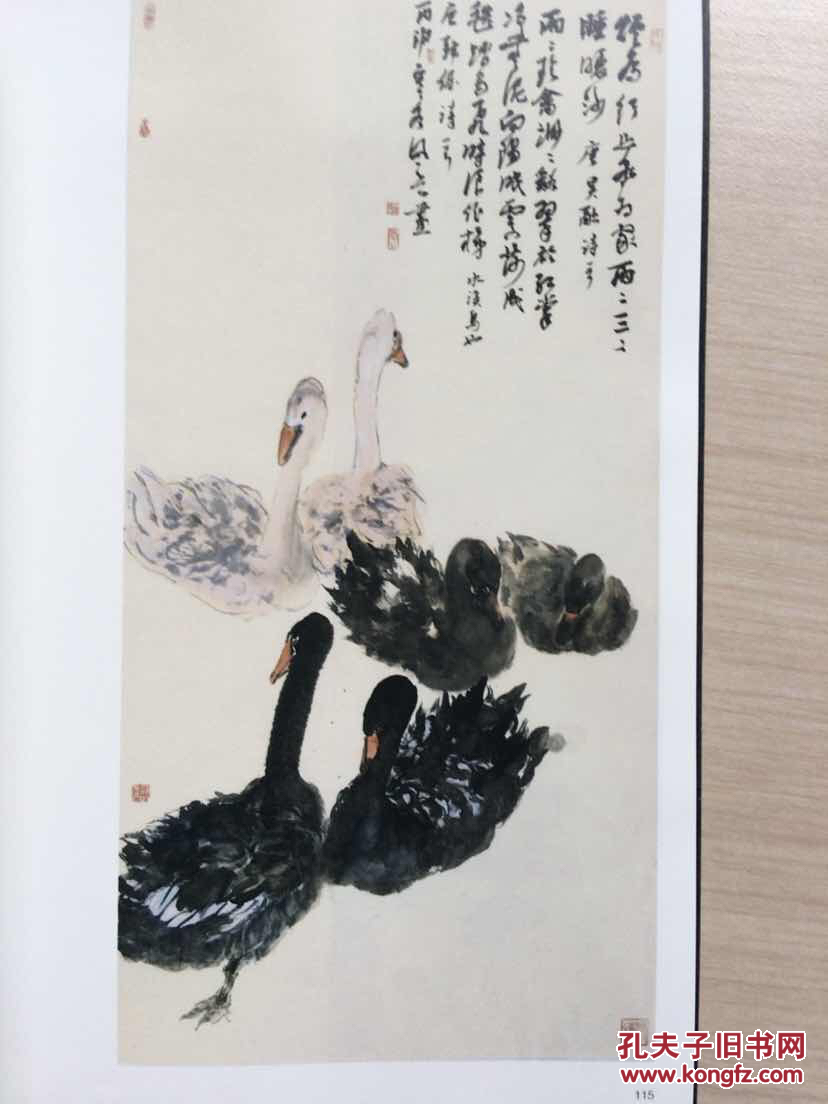
玄都观里桃千树，花落水空流。